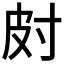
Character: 𱚟